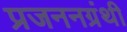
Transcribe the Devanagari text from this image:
प्रजननग्रंथी